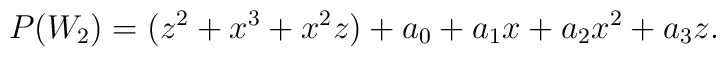
P(W_2)= (z^2 +x^3+x^2z) +a_0+a_1x+a_2x^2+a_3z.